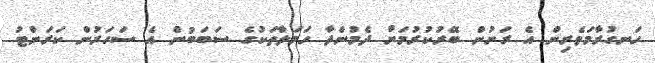
ހަނގުރާމަވެރިން އެ ރަށުން ބޭރުކުރުމަށް ދެމުންދާ ހަމަލާތަކުގެ ސަބަބުން އެ ސަހަރުން ކަރަންޓު